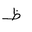
Letter: _za